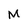
Character: M